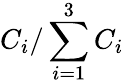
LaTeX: C_{i}/\sum_{i=1}^{3}C_{i}